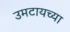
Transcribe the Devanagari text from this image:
उमटायच्या